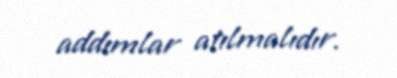
addımlar atılmalıdır.